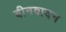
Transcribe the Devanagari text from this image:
बीनवादन